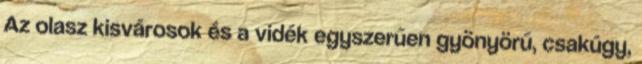
Az olasz kisvárosok és a vidék egyszerűen gyönyörű, csakúgy,